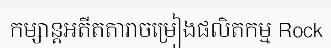
កម្សាន្តអតីតតារាចម្រៀងផលិតកម្ម Rock